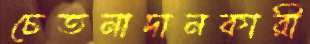
চেতনাদানকারী